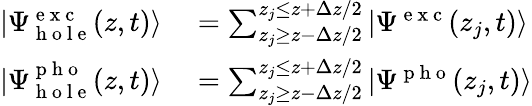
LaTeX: \begin{array}{rl}{|\Psi_{\mathrm{~h~o~l~e~}}^{\mathrm{~e~x~c~}}(z,t)\rangle}&{{}=\sum_{z_{j}\ge z-\Delta z/2}^{z_{j}\le z+\Delta z/2}|\Psi^{\mathrm{~e~x~c~}}(z_{j},t)\rangle}\\ {|\Psi_{\mathrm{~h~o~l~e~}}^{\mathrm{~p~h~o~}}(z,t)\rangle}&{{}=\sum_{z_{j}\ge z-\Delta z/2}^{z_{j}\le z+\Delta z/2}|\Psi^{\mathrm{~p~h~o~}}(z_{j},t)\rangle}\end{array}